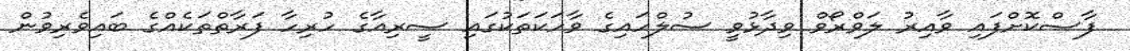
ފާސްކޮށްފައި ވާއިރު ލަވްރޯވް ވިދާޅުވީ ސުލްހައިގެ ވާހަކަތަކުގައި ސީރިއާގެ ހުރިހާ ފަރާތްތަކެއްގެ ބައިވެރިވުން